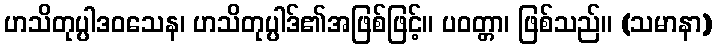
ဟသိတုပ္ပါဒဝသေန၊ ဟသိတုပ္ပါဒ်၏အဖြစ်ဖြင့်။ ပဝတ္တာ၊ ဖြစ်သည်။ (သမာနာ)